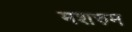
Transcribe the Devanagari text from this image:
मशरुम